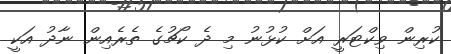
ކުރިން ވިކްޓަރީ އަށް ކުޅުނު މި ދެ ކޯޗުގެ ތެރެއިން ނާދު އަކީ